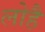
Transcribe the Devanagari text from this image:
लोहै